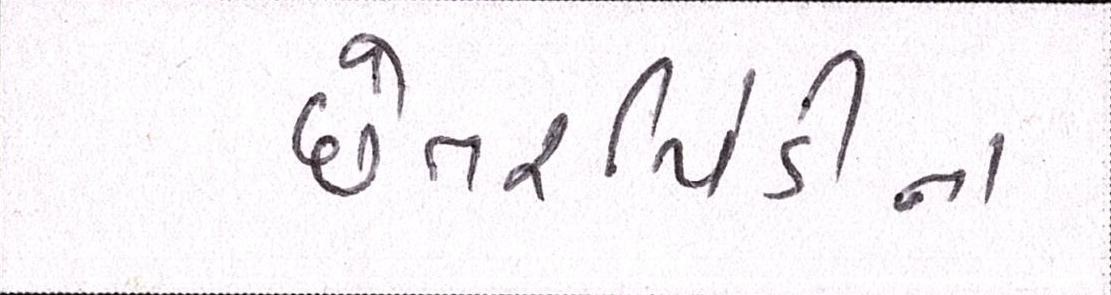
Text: છેતરપિંડીના